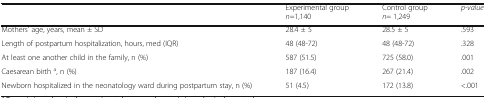
<table><thead><tr><td></td><td><b>Experimental group<i>n</i>=1,140</b></td><td><b>Control group<i>n</i>= 1,249</b></td><td><b><i>p-value</i></b></td></tr></thead><tbody><tr><td>Mothers’ age, years, mean ± SD</td><td>28.4 ± 5</td><td>28.5 ± 5</td><td>.593</td></tr><tr><td>Length of postpartum hospitalization, hours, med (IQR)</td><td>48 (48-72)</td><td>48 (48-72)</td><td>.328</td></tr><tr><td>At least one another child in the family, n (%)</td><td>587 (51.5)</td><td>725 (58.0)</td><td>.001</td></tr><tr><td>Caesarean birth <sup>a</sup>, n (%)</td><td>187 (16.4)</td><td>267 (21.4)</td><td>.002</td></tr><tr><td>Newborn hospitalized in the neonatology ward during postpartum stay, n (%)</td><td>51 (4.5)</td><td>172 (13.8)</td><td>&lt;.001</td></tr></tbody></table>